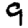
Digit: 9